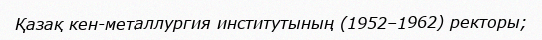
Қазақ кен-металлургия институтының (1952–1962) ректоры;